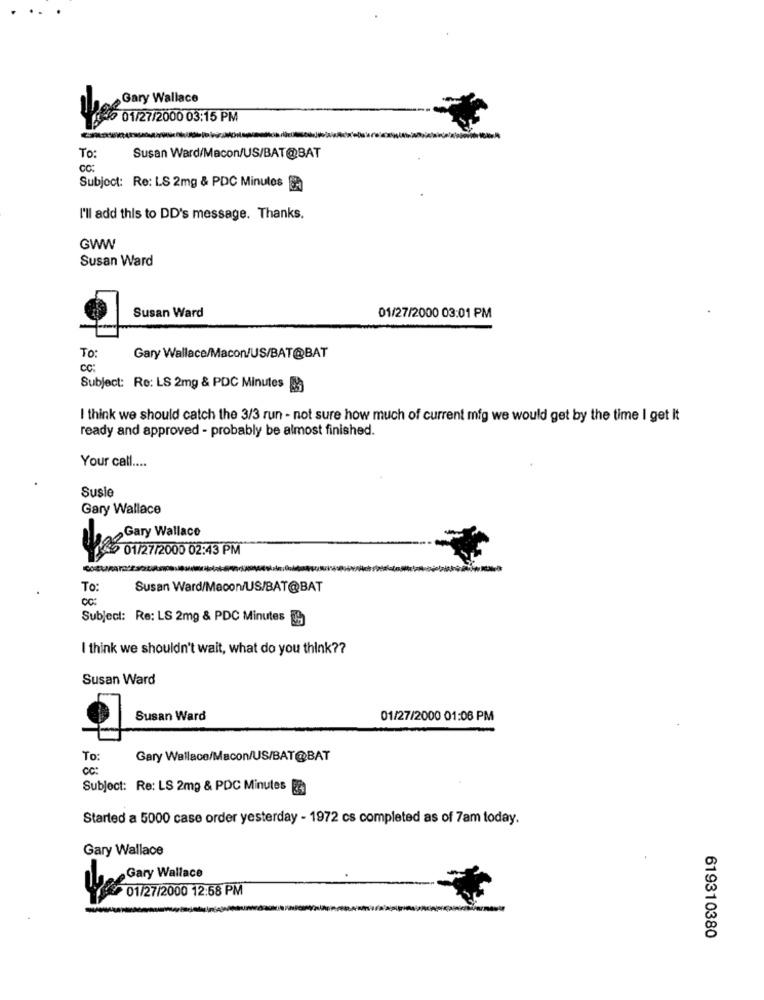
Gary Wallace
10 01/27/2000 03:15 PM
To:
Susan Ward/Macon/US/BAT@BAT
CC:
Subject: Re: LS 2mg & PDC Minutos
I'll add this to DD's message. Thanks.
GWW
Susan Ward
Susan Ward
01/27/2000 03:01 PM
To:
Gary Wallace/Macon/US/BAT@BAT
CC:
Subject: Re: LS 2mg & PDC Minutes
I think we should catch the 3/3 run - not sure how much of current mig we would get by the time I get it
ready and approved - probably be almost finished.
Your call ....
Susle
Gary Wallace
Gary Wallace
01/27/2000 02:43 PM
To:
Susan Ward/Macon/US/BAT@BAT
CC:
Subject: Re: LS 2mg & PDC Minutes
I think we shouldn't wait, what do you think ??
Susan Ward
Susan Ward
01/27/2000 01:06 PM
To:
Gary Wallace/Macon/US/BAT@BAT
cc:
Subject: Re: LS 2mg & PDC Minutes
Started a 5000 case order yesterday - 1972 cs completed as of 7am today.
Gary Wallace
Ciere Gary Wallace
01/27/2000 12:58 PM
619310380